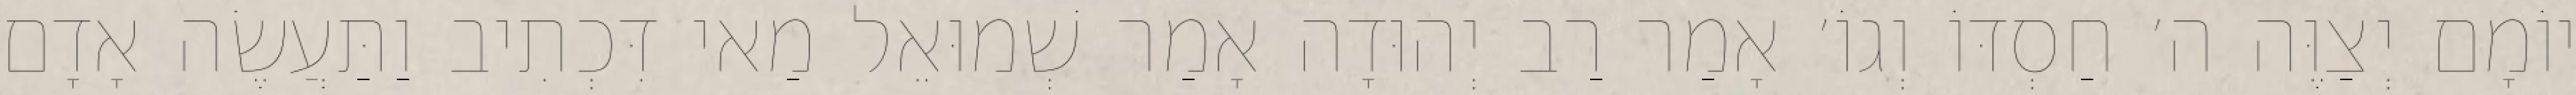
יוֹמָם יְצַוֶּה ה׳ חַסְדּוֹ וְגוֹ׳ אָמַר רַב יְהוּדָה אָמַר שְׁמוּאֵל מַאי דִּכְתִיב וַתַּעֲשֶׂה אָדָם